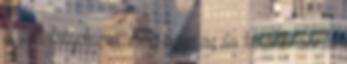
is volt fátyolozva, meg ugye az ős további sorsa